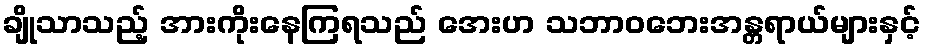
ချိုသာသည့် အားကိုးနေကြရသည် အေးဟ သဘာဝဘေးအန္တရာယ်များနှင့်